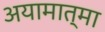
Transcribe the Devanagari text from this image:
अयामात्मा